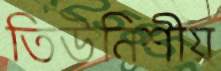
তিউনিশীয়